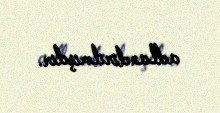
adlandırılmışdır.